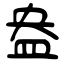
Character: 盎